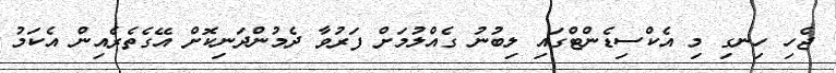
ޖެހި ހިނގި މި އެކްސިޑެންޓްގައި ލިބުނު ގެއްލުމަށް ފަރުވާ ދެމުންދަނިކޮށް އޭގެތެރެއިން އެކަމު